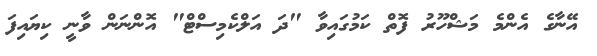
އޭނާގެ އެންމެ މަޝްހޫރު ފޮތް ކަމުގައިވާ "ދަ އަލްކެމިސްޓް" އޮންނަން ވާނީ ކިޔައިފަ